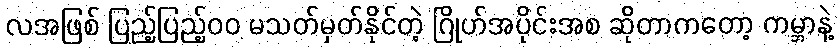
လအဖြစ် ပြည့်ပြည့်၀၀ မသတ်မှတ်နိုင်တဲ့ ဂြိုဟ်အပိုင်းအစ ဆိုတာကတော့ ကမ္ဘာနဲ့